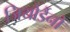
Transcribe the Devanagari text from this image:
जियोर्डैनो